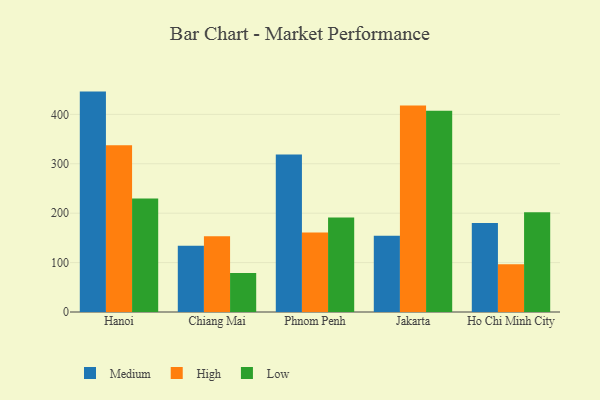
{"axis": {"x": "City", "y": "Revenue (USD Million)"}, "legend": ["High", "Low", "Medium"], "data": [{"x": "Hanoi", "y": 446.1, "type": "Medium"}, {"x": "Hanoi", "y": 337.3, "type": "High"}, {"x": "Hanoi", "y": 229.6, "type": "Low"}, {"x": "Chiang Mai", "y": 134.3, "type": "Medium"}, {"x": "Chiang Mai", "y": 153.3, "type": "High"}, {"x": "Chiang Mai", "y": 78.8, "type": "Low"}, {"x": "Phnom Penh", "y": 318.9, "type": "Medium"}, {"x": "Phnom Penh", "y": 161.0, "type": "High"}, {"x": "Phnom Penh", "y": 191.2, "type": "Low"}, {"x": "Jakarta", "y": 154.4, "type": "Medium"}, {"x": "Jakarta", "y": 418.1, "type": "High"}, {"x": "Jakarta", "y": 407.3, "type": "Low"}, {"x": "Ho Chi Minh City", "y": 180.3, "type": "Medium"}, {"x": "Ho Chi Minh City", "y": 96.4, "type": "High"}, {"x": "Ho Chi Minh City", "y": 201.7, "type": "Low"}]}